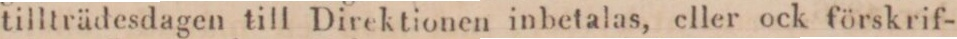
tillträdesdagen till Direktionen inbetalas, eller ock förskrif-